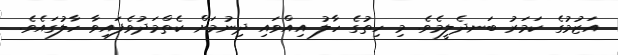
އަޒުމުގެ ކަމަރު ބަނދެލީމެވެ. މި ހިތުގެ ހާލު އިއްވައި ދިނުމަށް ކެތްމަދުވެފައިވާ ހާލުގައެވެ.